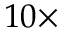
1 0 \times